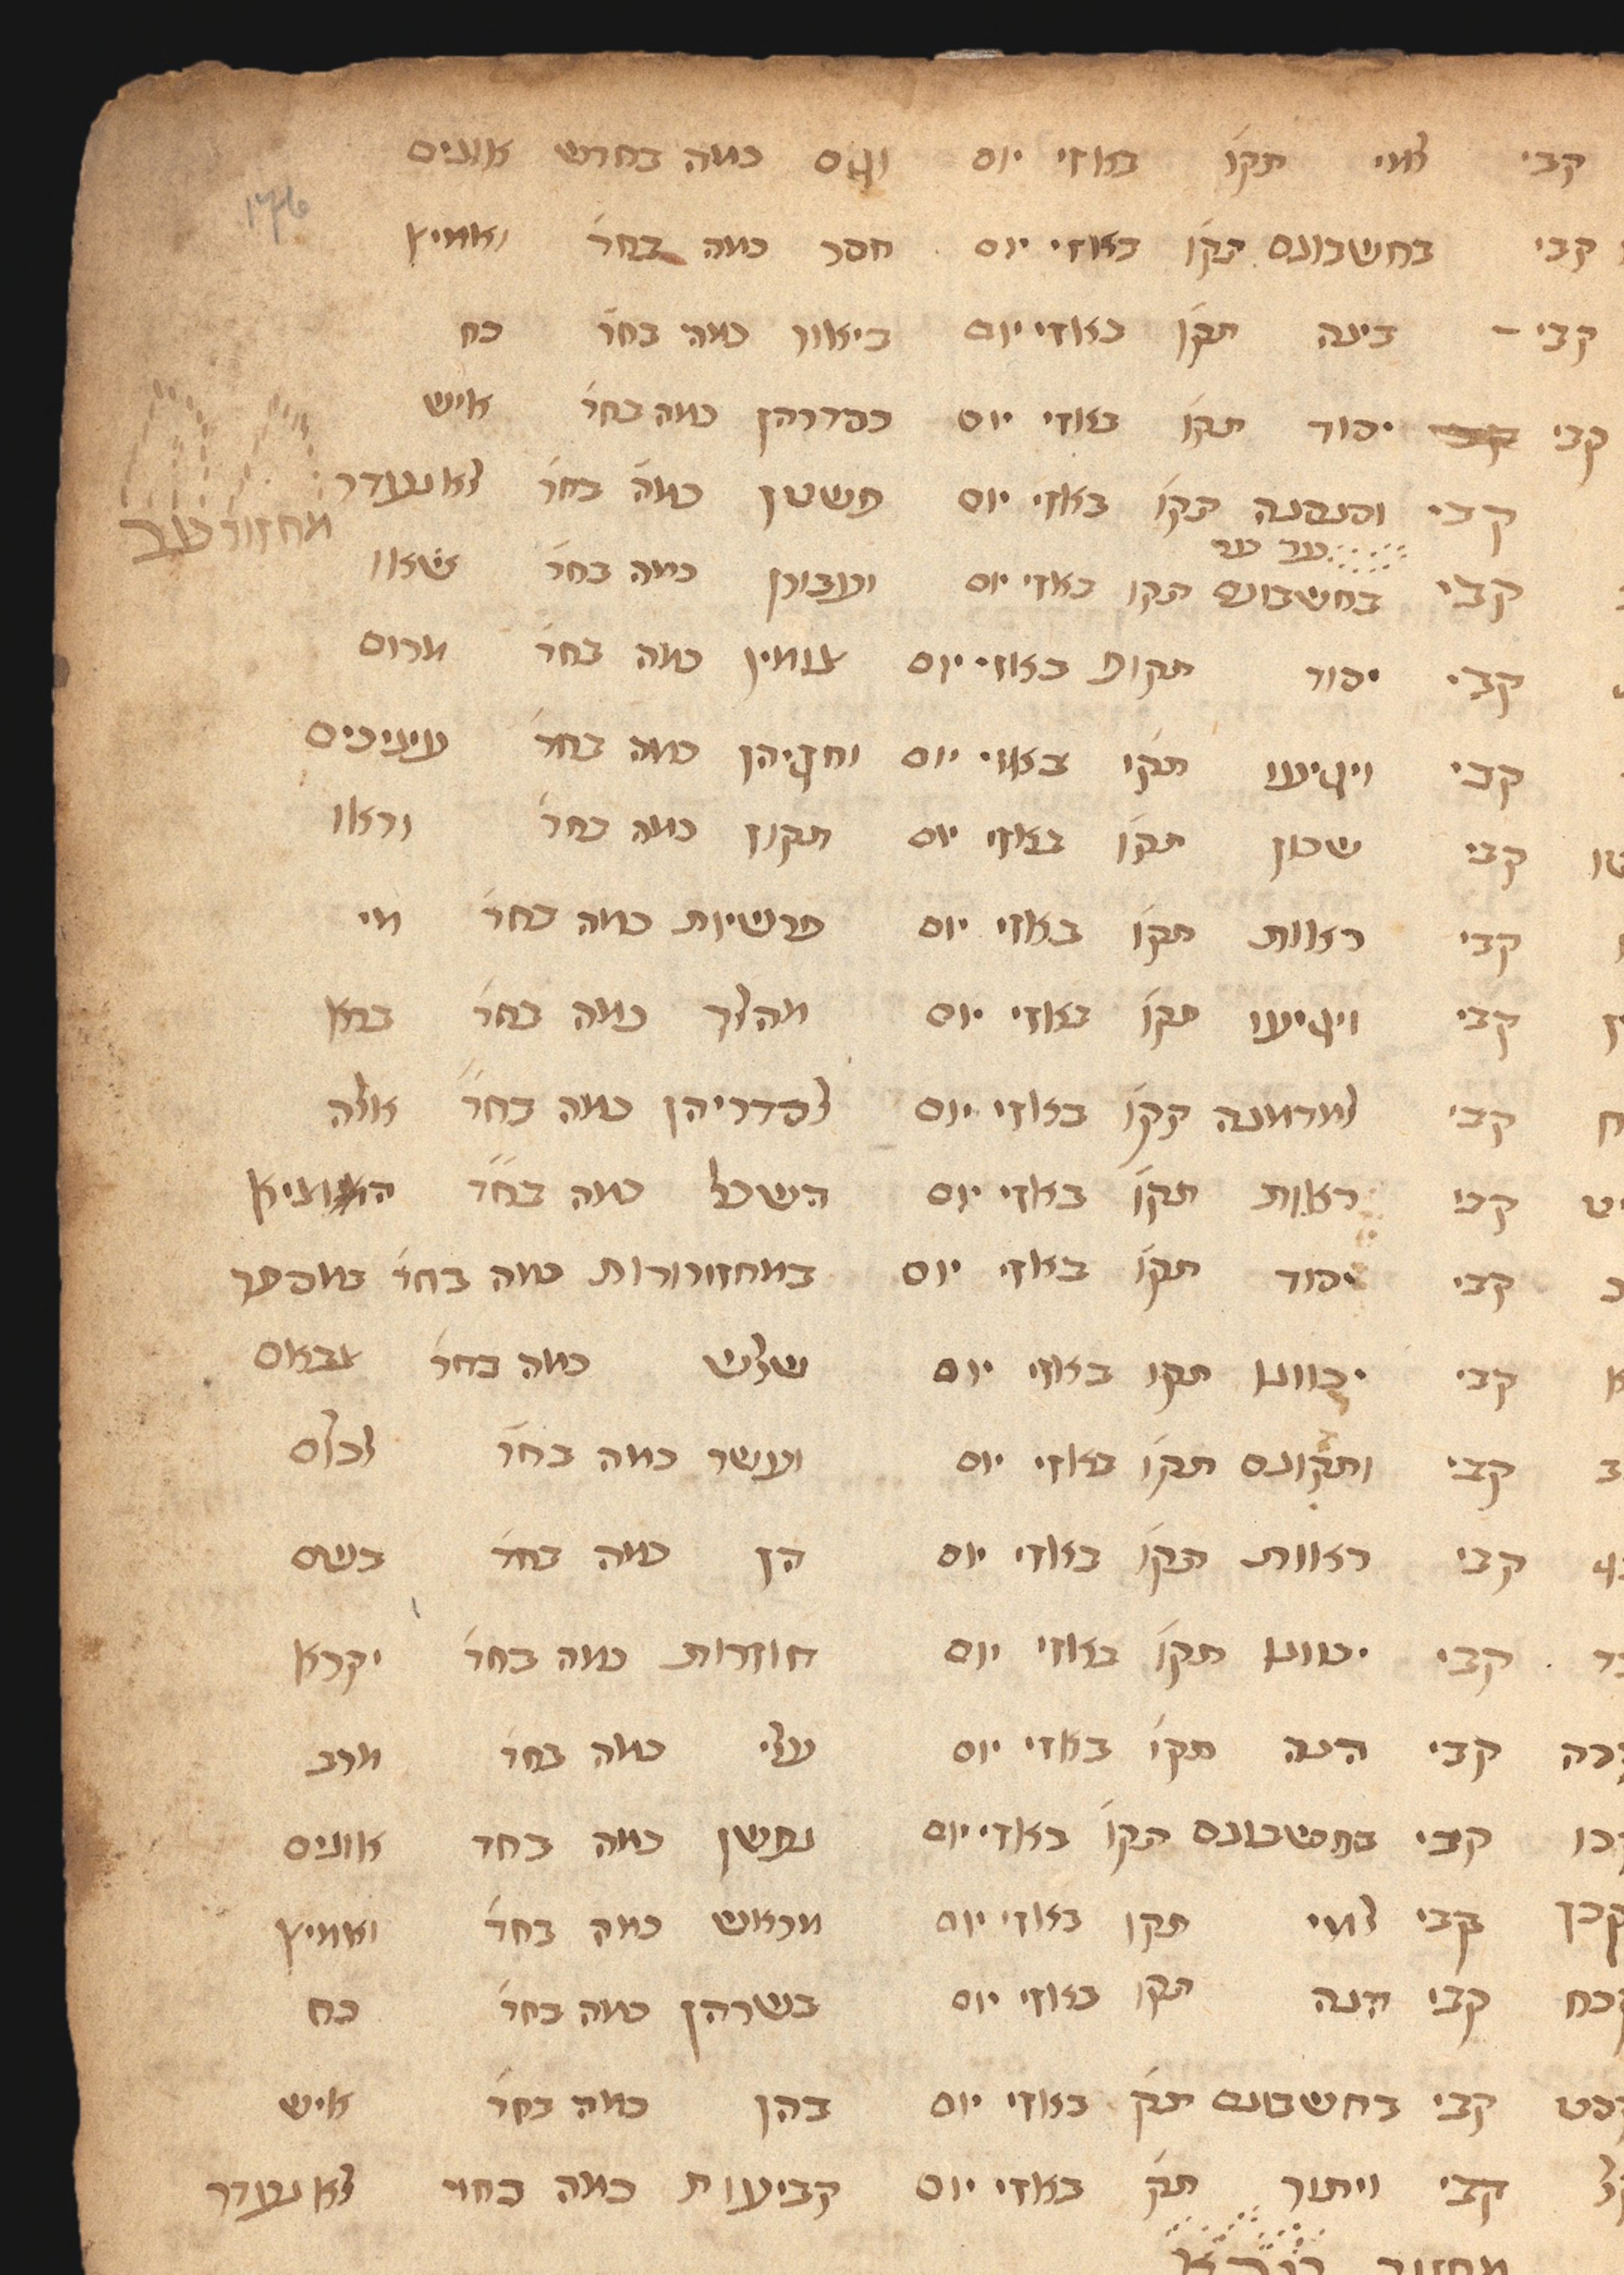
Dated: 1435–1465